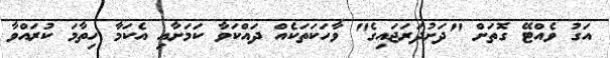
އަގު ވެއްޓޭ ގޮތަށް "ދަށުދަރަޖައިގެ" ވާހަކަތަކެއް ދައްކަވާ ކަމަށާއި އެކަމާ ހިތާމަ ކުރައްވާ